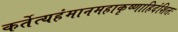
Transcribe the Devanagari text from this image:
कर्तेत्यहंमानमहाकृष्णाहिदंशितः